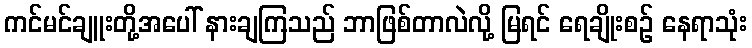
ကင်မင်ချူးတို့အပေါ် နားချကြသည် ဘာဖြစ်တာလဲလို့ မြရင် ရေချိုးစဉ် နေရာသုံး